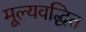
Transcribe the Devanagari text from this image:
मूल्यवद्धित